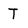
Character: T